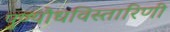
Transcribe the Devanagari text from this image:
पुण्यौधविस्तारिणी